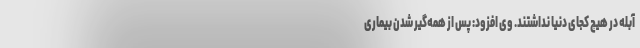
آبله در هیچ کجای دنیا نداشتند. وی افزود: پس از همه‌گیر شدن بیماری